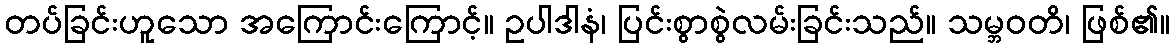
တပ်ခြင်းဟူသော အကြောင်းကြောင့်။ ဥပါဒါနံ၊ ပြင်းစွာစွဲလမ်းခြင်းသည်။ သမ္ဘဝတိ၊ ဖြစ်၏။